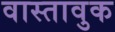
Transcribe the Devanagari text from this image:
वास्तावुक